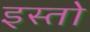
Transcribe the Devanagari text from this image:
इस्तो